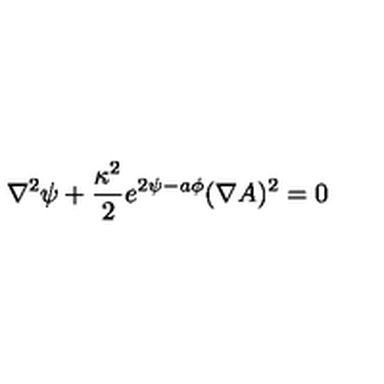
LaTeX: \nabla ^ { 2 } \psi + { \frac { \kappa ^ { 2 } } { 2 } } e ^ { 2 \psi - a \phi } ( \nabla A ) ^ { 2 } = 0